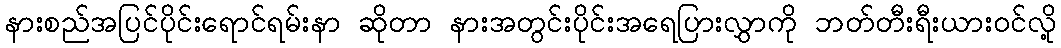
နားစည်အပြင်ပိုင်းရောင်ရမ်းနာ ဆိုတာ နားအတွင်းပိုင်းအရေပြားလွှာကို ဘတ်တီးရီးယားဝင်လို့